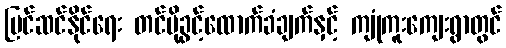
ပြင်ဆင်နိုင်ရေး တင်ပို့ခွင့်ထောက်ခံချက်နှင့် ကျုံကူးကျေးရွာတွင်